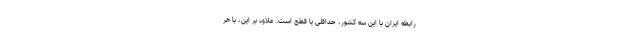
رابطه ایران با این سه کشور، حداقلی یا قطع است. علاوه بر این، با هر